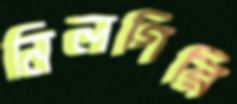
নিলগিরি